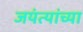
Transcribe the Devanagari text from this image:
जयंत्यांच्या